Report of the Bombay Plague Committee
Disease focus: Plague
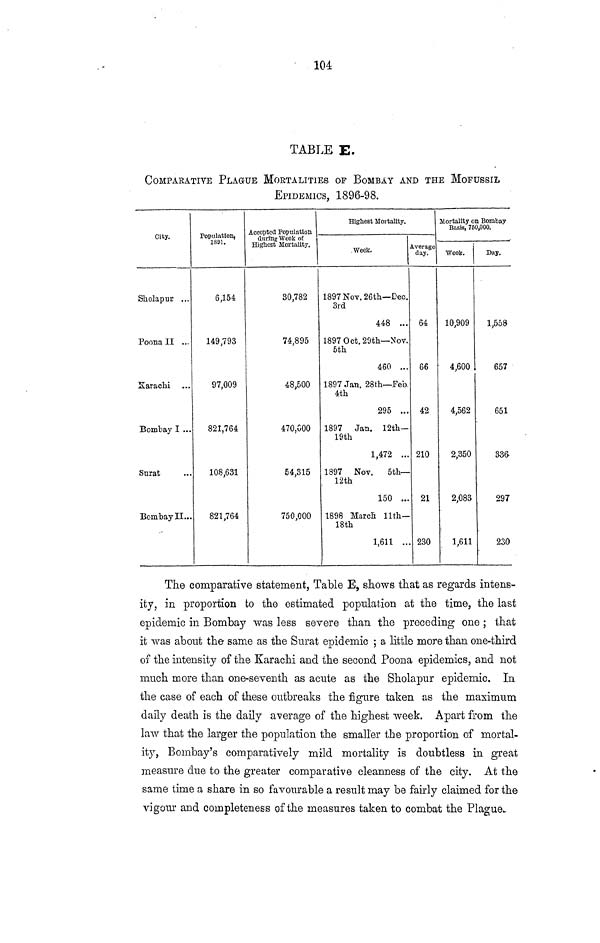
104
TABLE E.
COMPARATIVE PLAGUE MORTALITIES OP BOMBAY AND THE MOFUSSIL
EPIDEMICS, 1896-98.
City.
Sholapur ...
Poona II ...
Karachi
Bombay I ...
Surat
Bombay II...
Population,
1891.
6,154
149,793
97,009
821,764
108,631
821,764
Accepted Population
during Week of
Highest Mortality.
30,782
74,895
48,500
470,000
54,315
750,000
Highest Mortality.
Week.
1897 Nov. 26th— Dec.
3rd
448 ...
1897 Oct. 29th— Nov.
5th
460 ...
1897 Jan. 28th— Feb.
4th
295 ...
1897 Jan. 12th—
19th
1,472 ...
1897 Nov.
5th—
12th
150 ...
1898 March llth—
18th
1,611 ...
Average
day.
64
66
42
210
21
230
Mortality on Bombay
Basis, 750,000.
Week.
10,909
4,600
4,562
2,350
2,083
1,611
Day.
1,558
657
651
336
297
230
The comparative statement. Table E, shows that as regards intens-
ity, in proportion to the estimated population at the time, the last
epidemic in Bombay was less severe than the preceding one ; that
it was about the- same as the Surat epidemic ; a little more than one-third
of the intensity of the Karachi and the second Poona epidemics, and not
much more than one-seventh as acute as the Sholapur epidemic. In
the case of each of these outbreaks the figure taken as the maximum
daily death is the daily average of the highest week. Apart from the
law that the larger the population the smaller the proportion of mortal-
ity, Bombay's comparatively mild mortality is doubtless in great
measure due to the greater comparative cleanness of the city. At the
same time a share in so favourable a result may be fairly claimed for the
vigour and completeness of the measures taken to combat the Plague..